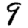
Digit: 9